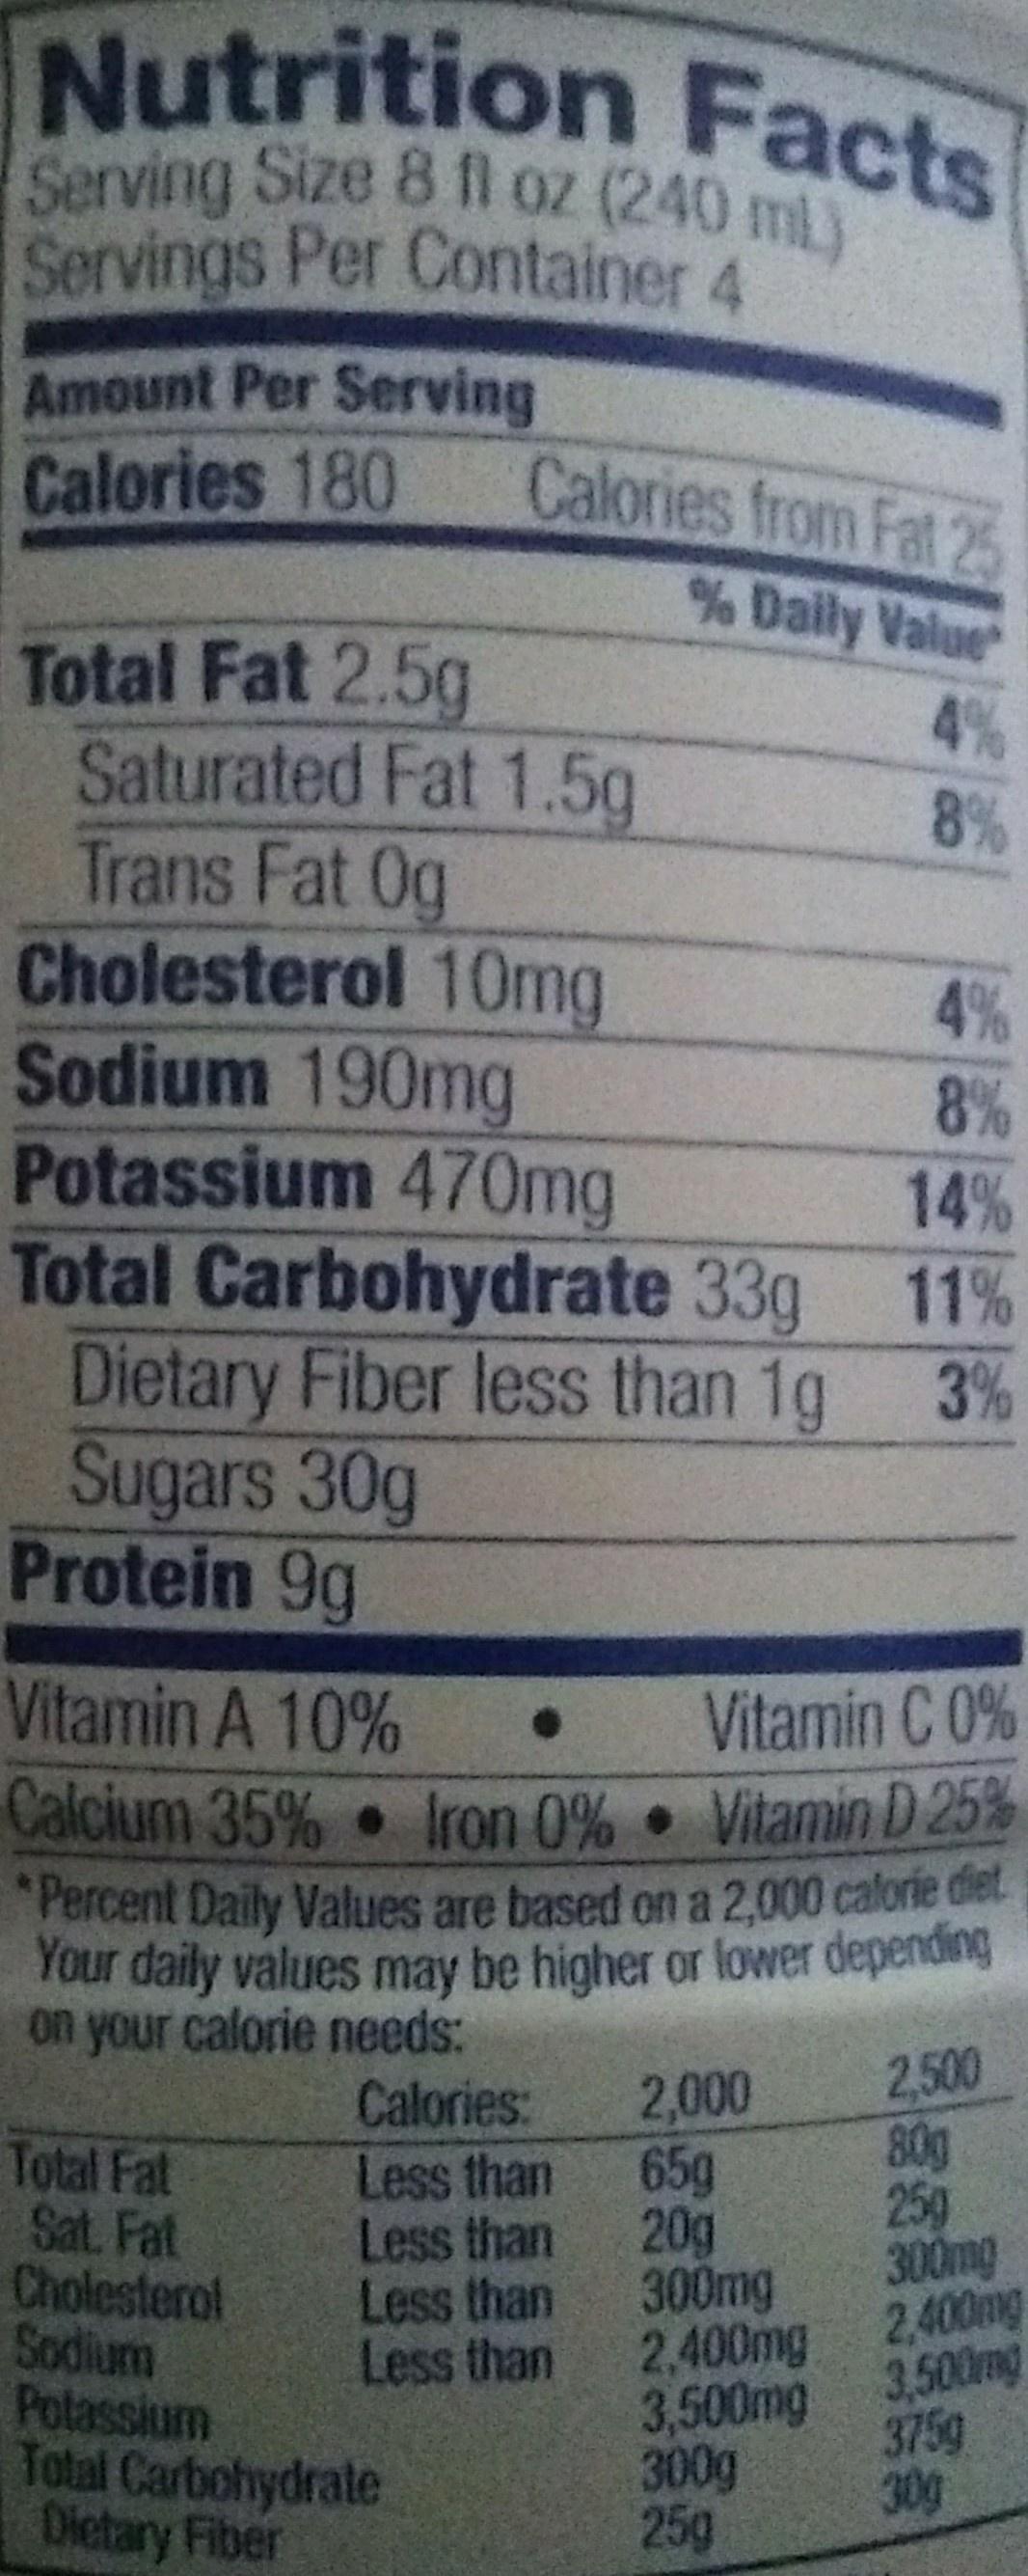
Nutrition Facts Serving Size 8 fl oz (240 ml) Servings Per Container 4 Amount Per Serving Calories 180 Calories from Fat 25 Daily Value Total Fat 2.5g Saturated Fat 1.5g Trans Fat 0g Cholesterol 10mg Sodium 190mg Potassium 470mg Total Carbohydrate 33g Dietary Fiber less than 1g Sugars 30g Protein 9g 4% 8% 4% 8% 14% 11% 3% Vitamin A 10% • Vitamin C 0% Vitamin D 25% Calcium 35% Iron 0% Percent Daily Values are based on a 2,000 calorie diet Your daily values may be higher or lower depending on your calorie needs: 2,500 80g 259 300mg 2,000 65g 20g 300mg 2,400mg 2,400mg 3,500mg 3,500mg 300g 25g Calories: Total Fat Sat. Fat Cholesterol Sodium Potassium Total Carbohydrate Dietary Fiber Less than Less than Less than Less than 375g 30g